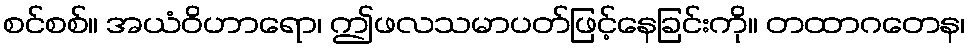
စင်စစ်။ အယံဝိဟာရော၊ ဤဖလသမာပတ်ဖြင့်နေခြင်းကို။ တထာဂတေန၊